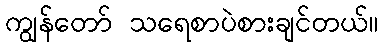
ကျွန်တော် သရေစာပဲစားချင်တယ်။